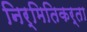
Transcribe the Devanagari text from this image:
निर्मितिकर्ता